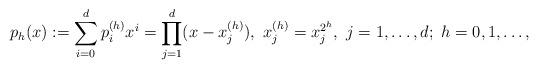
LaTeX: \begin{align*} p_h(x):=\sum_{i=0}^dp_i^{(h)}x^i=\prod_{j=1}^d(x-x_j^{(h)}),~x_j^{(h)}=x_j^{2^h},~j=1,\dots,d;~h=0,1,\dots,\end{align*}